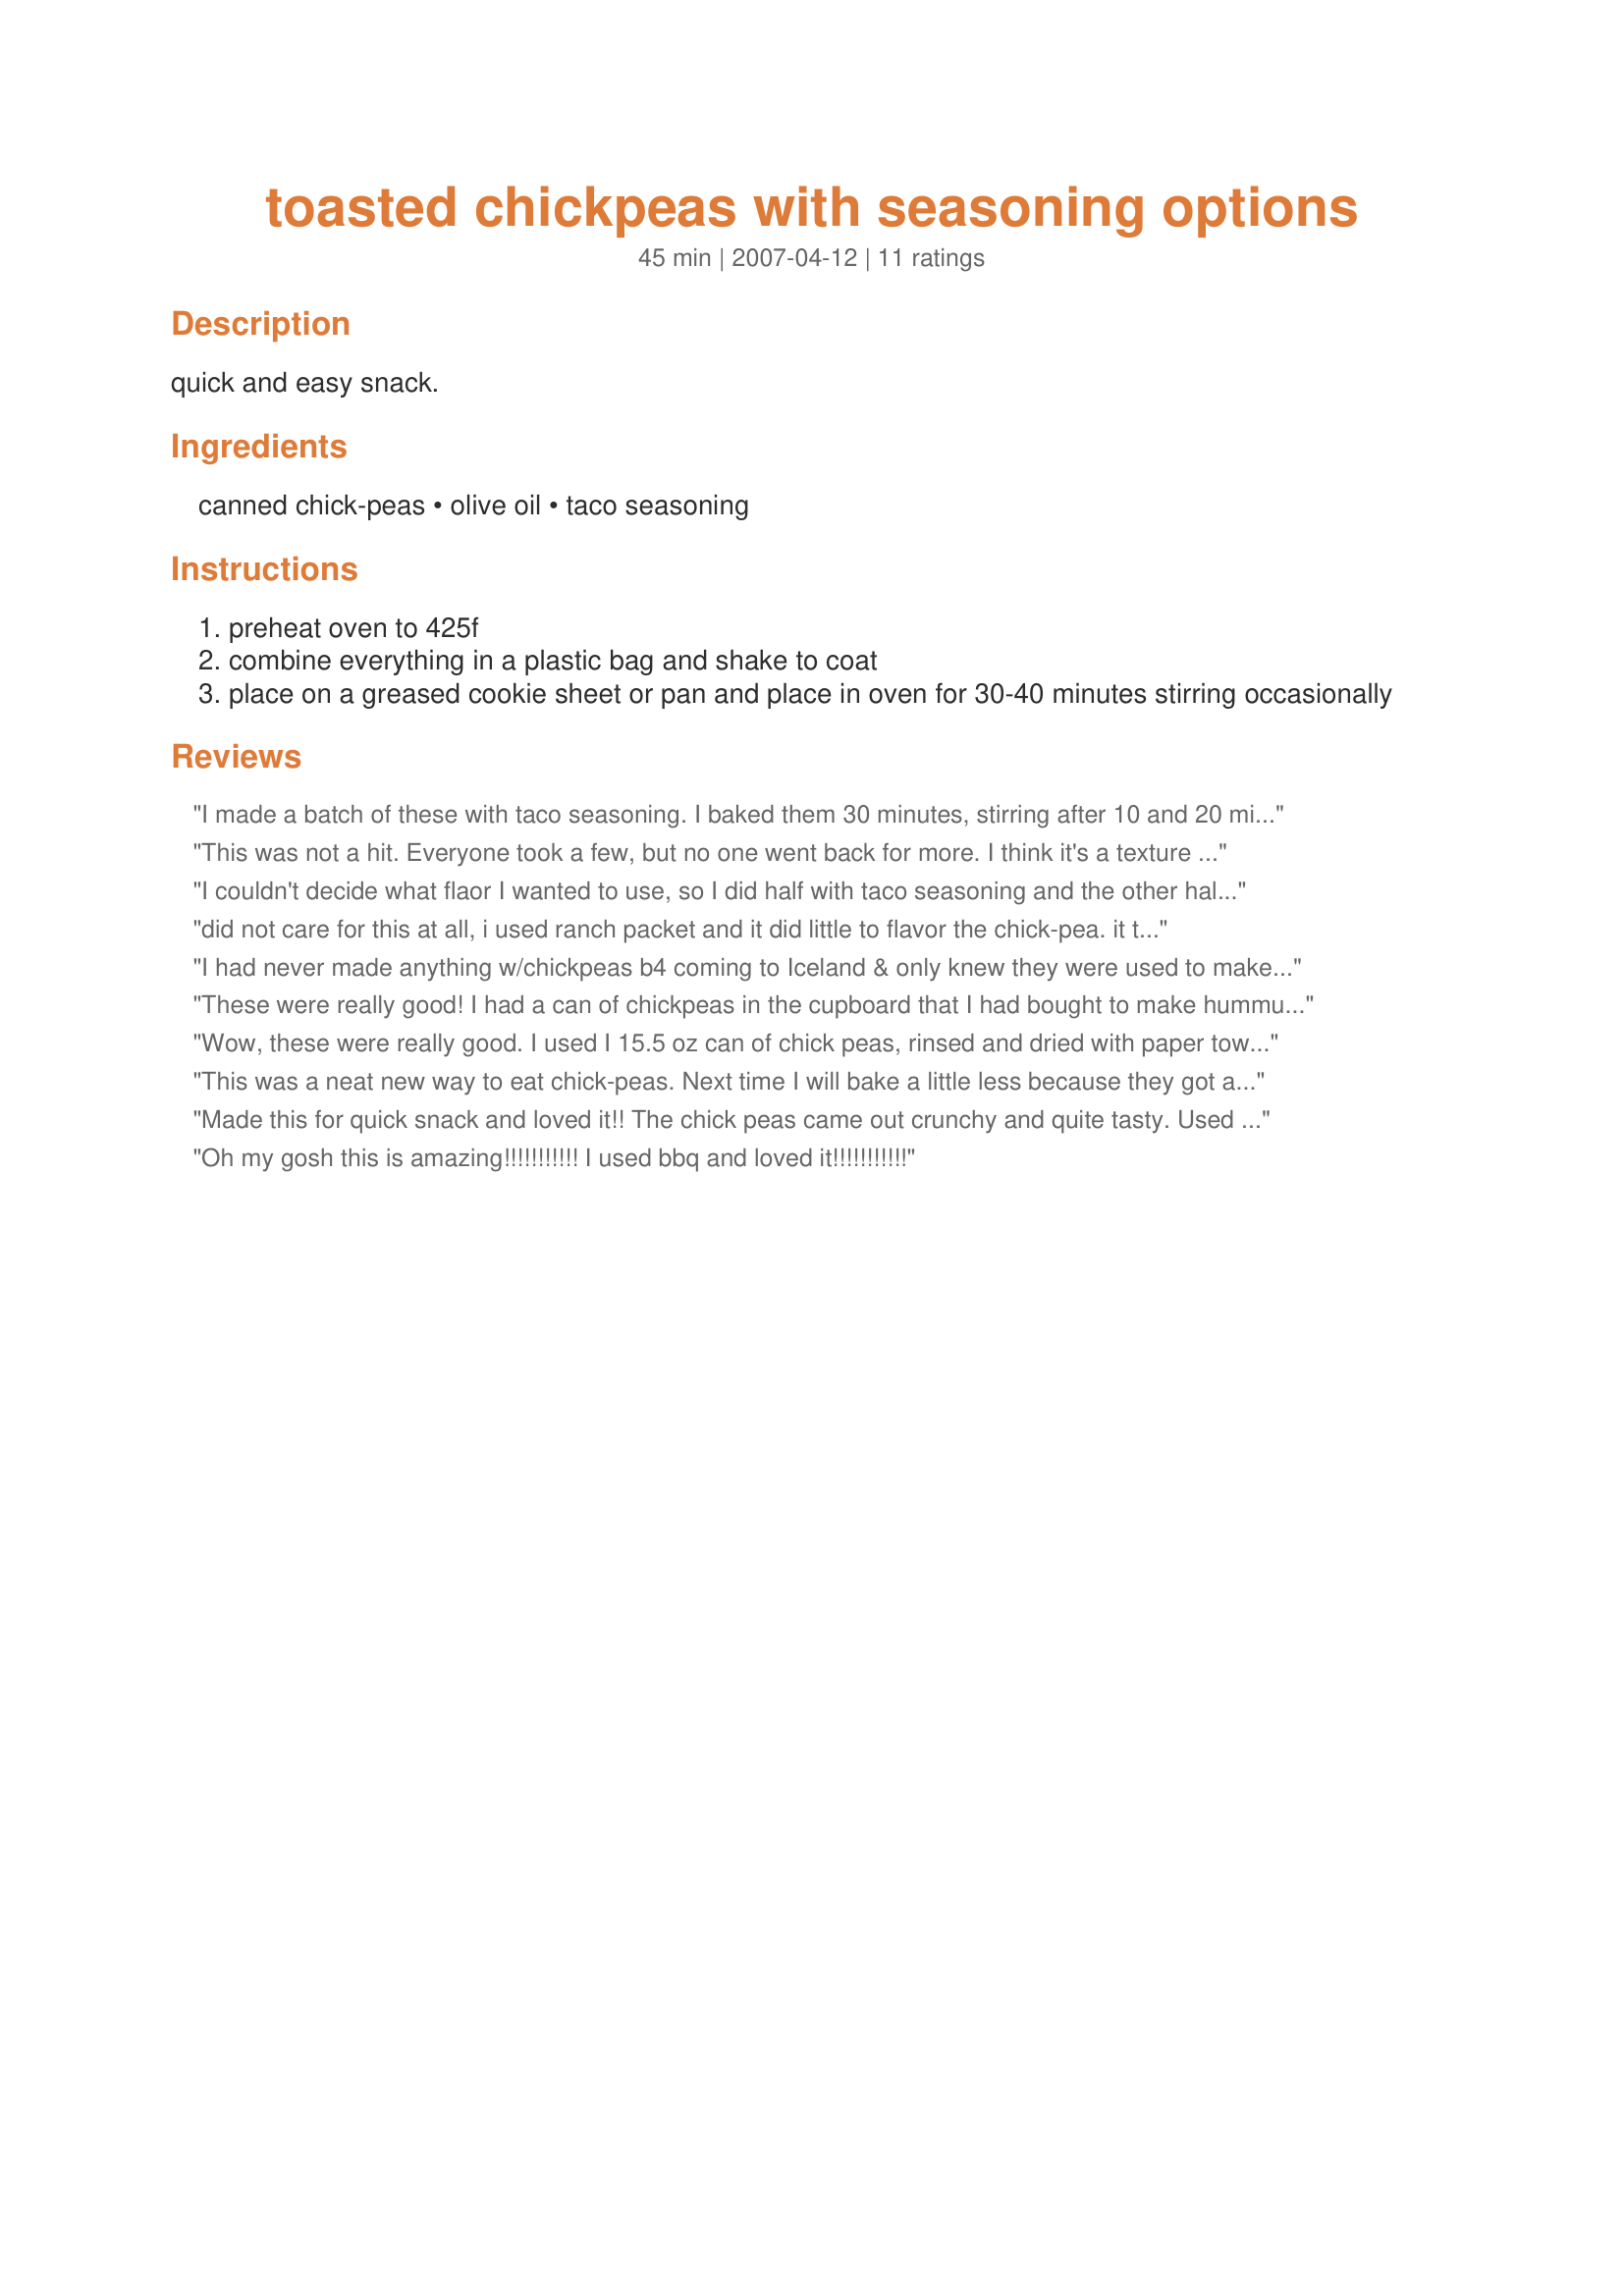
toasted chickpeas with seasoning options
Preparation time: 45 minutes

quick and easy snack.

Ingredients:
canned chick-peas, olive oil, taco seasoning

Steps:
preheat oven to 425f
combine everything in a plastic bag and shake to coat
place on a greased cookie sheet or pan and place in oven for 30-40 minutes stirring occasionally

Reviews:
I made a batch of these with taco seasoning. I baked them 30 minutes, stirring after 10 and 20 minutes. The texture turned out good but unfortunately most of them were burned at 30 minutes. Made for the Zaar Stars tag game.
This was not a hit. Everyone took a few, but no one went back for more. I think it's a texture thing. They can best be described as dry and crusty on the outside and mushy on the inside.
I couldn't decide what flaor I wanted to use, so I did half with taco seasoning and the other half with ranch. I like them both equally well. Nice to snack on something healthy. I baked mine for 30 minutes, stirring them every 10 minutes and they turned out great. Thanks Anme.
did not care for this at all, i used ranch packet and it did little to flavor the chick-pea. it tasted like a dried out chick pea. The didnt even get crunchy, just kinda chewy and dry. So, this wasnt a hit for me, but thanks for posting.
I had never made anything w/chickpeas b4 coming to Iceland & only knew they were used to make hummus which I loved & had always bought ready-made, but they are very popular here. I now make my own hummus & was happy when I saw your recipe. I used the taco seasoning & have never made an easier recipe. The recipe did not tell you what to do w/them once they are toasted, but they are a dandy snack & I can see using them for tortilla rollups, taco salads, nachos or maybe even in guacamole or salsa for a textural variety. A Cajun variety would be another seasoning option. *Cool recipe* Thx for sharing it w/us.
These were really good! I had a can of chickpeas in the cupboard that I had bought to make hummus but I realized I hated it! So I cooked up these chickpeas with some garlic powder and they are really tasty!
Wow, these were really good. I used I 15.5 oz can of chick peas, rinsed and dried with paper towel. I threw them in a zip lock bag with 1 tablespoon olive oil and 1 tablespoon taco seasoning. I cooked them at 425 for exactly 30 minutes; turning after 15 minutes. They came out very crispy and nutty tasting. I lightly salted them and ate them as a snack, but I think they'd be great in a salad, too. These were great and I'll make them again. Thanks, Anme, for posting!
This was a neat new way to eat chick-peas. Next time I will bake a little less because they got a little chewy. I put these in your taco salad and they were a great touch. Thanks Anme, for posting.
Roxygirl
Made this for quick snack and loved it!! The chick peas came out crunchy and quite tasty. Used the taco seasoning and put them in a 425F oven for about 40 minutes. Next time I would lower the oven a bit as some peas came out burnt... Thanks Anme!
Oh my gosh this is amazing!!!!!!!!!!! I used bbq and loved it!!!!!!!!!!!
I made this with Ranch dressing seasoning and I baked for only about 25 minutes and I topped our salads with it. This was really good. Thanks for sharing!
